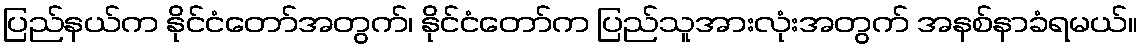
ပြည်နယ်က နိုင်ငံတော်အတွက်၊ နိုင်ငံတော်က ပြည်သူအားလုံးအတွက် အနစ်နာခံရမယ်။